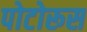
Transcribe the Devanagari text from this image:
पोटोरूस